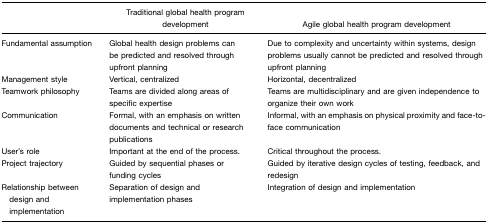
<table><thead><tr><td></td><td><b>Traditional global health program development</b></td><td><b>Agile global health program development</b></td></tr></thead><tbody><tr><td>Fundamental assumption</td><td>Global health design problems can be predicted and resolved through upfront planning</td><td>Due to complexity and uncertainty within systems, design problems usually cannot be predicted and resolved through upfront planning</td></tr><tr><td>Management style</td><td>Vertical, centralized</td><td>Horizontal, decentralized</td></tr><tr><td>Teamwork philosophy</td><td>Teams are divided along areas of specific expertise</td><td>Teams are multidisciplinary and are given independence to organize their own work</td></tr><tr><td>Communication</td><td>Formal, with an emphasis on written documents and technical or research publications</td><td>Informal, with an emphasis on physical proximity and face-to-face communication</td></tr><tr><td>User&#x27;s role</td><td>Important at the end of the process.</td><td>Critical throughout the process.</td></tr><tr><td>Project trajectory</td><td>Guided by sequential phases or funding cycles</td><td>Guided by iterative design cycles of testing, feedback, and redesign</td></tr><tr><td>Relationship between design and implementation</td><td>Separation of design and implementation phases</td><td>Integration of design and implementation</td></tr></tbody></table>